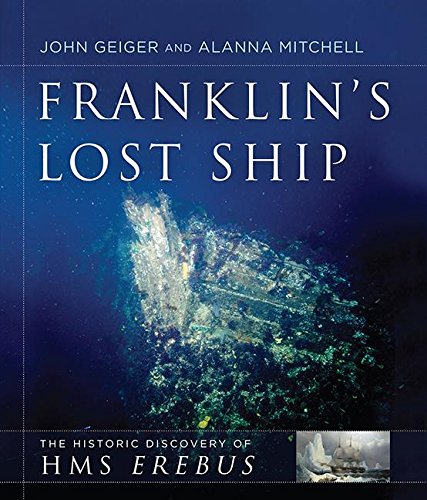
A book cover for Franklin's Lost Ship: The Historic Discovery of HMS Erebus; John Geiger; History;